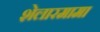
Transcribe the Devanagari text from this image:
शेलारमामा